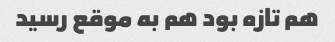
هم تازه بود هم به موقع رسید